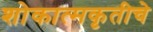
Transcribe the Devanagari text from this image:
शोकात्मकृतीचे